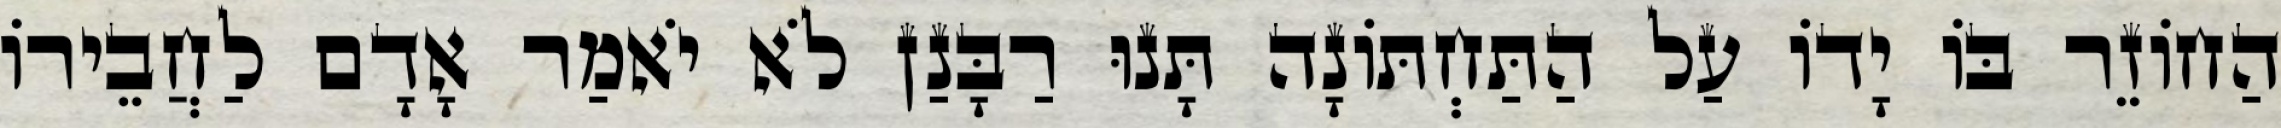
הַחוֹזֵר בּוֹ יָדוֹ עַל הַתַּחְתּוֹנָה תָּנוּ רַבָּנַן לֹא יֹאמַר אָדָם לַחֲבֵירוֹ